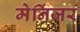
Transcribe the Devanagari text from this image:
मेनिंजर